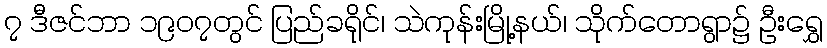
၇ ဒီဇင်ဘာ ၁၉၀၇တွင် ပြည်ခရိုင်၊ သဲကုန်းမြို့နယ်၊ သိုက်တောရွာ၌ ဦးရွှေ